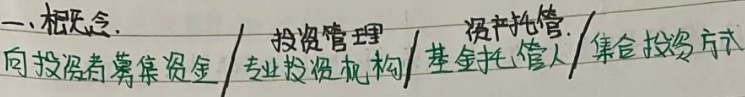
一、概念.向投资者募集资金 / 专业投资机构 / 投资管理 / 基金托管人 / 资产托管 / 集合投资方式